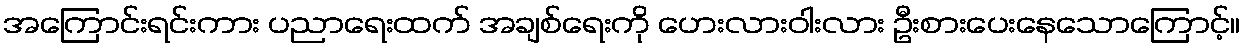
အကြောင်းရင်းကား ပညာရေးထက် အချစ်ရေးကို ဟေးလားဝါးလား ဦးစားပေးနေသောကြောင့်။